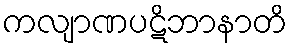
ကလျာဏပဋိဘာနာတိ